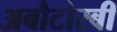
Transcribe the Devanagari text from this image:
अबौटोरबी